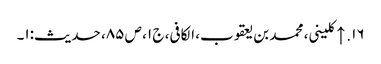
۱۶. ↑ کلینی، محمد بن یعقوب، الکافی، ج ۱، ص ۸۵، حدیث:۱۔